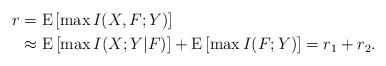
LaTeX: \begin{align*}r&=\mathrm{E}\left[\max I(X,F;Y) \right]\\&\approx \mathrm{E}\left[\max I(X;Y|F) \right]+\mathrm{E}\left[\max I(F;Y) \right]=r_1+r_2.\end{align*}